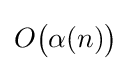
O{\bigl (}\alpha (n){\bigr )}